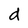
Character: d